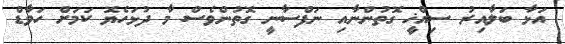
އަޅާ ބަލާއިރު ސިއްޚީ ގޮތުންނާއި ނަފްސާނީ ގޮތުންވެސް މާ ދުޅަހެޔޮ ކަމަށް ހަވާޑް